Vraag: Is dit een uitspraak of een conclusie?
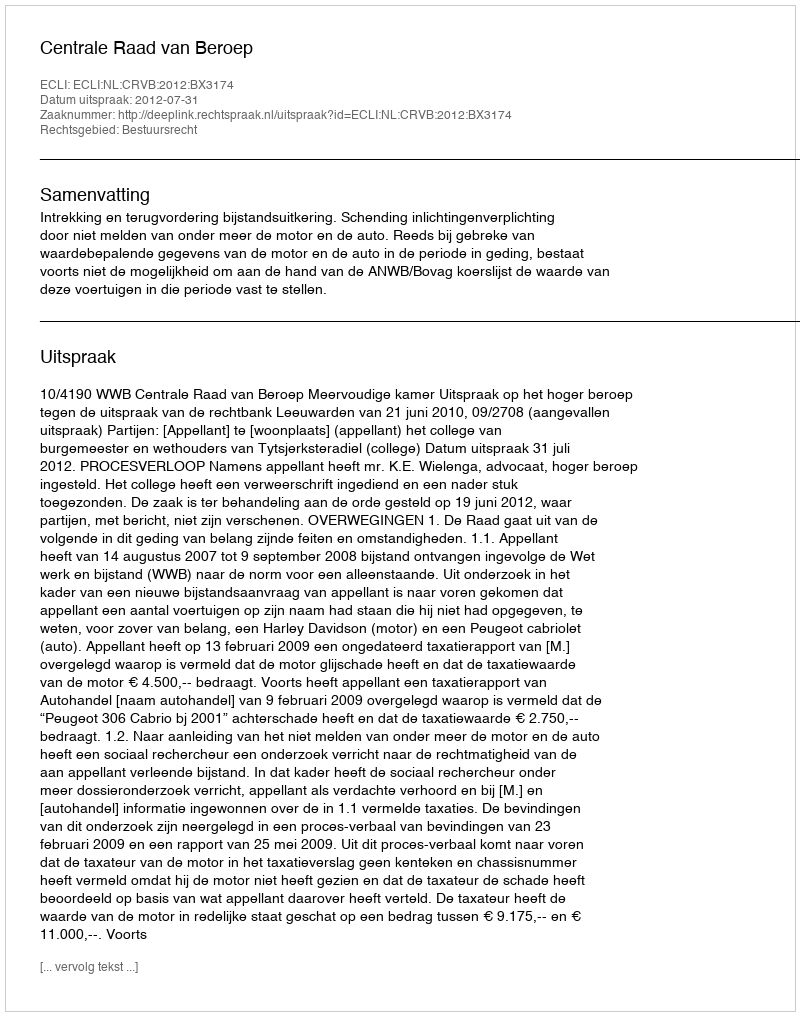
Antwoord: Uitspraak